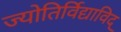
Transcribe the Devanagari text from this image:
ज्योतिर्विद्याविद्